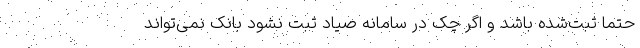
حتما ثبت‌شده باشد و اگر چک در سامانه صیاد ثبت نشود بانک نمی‌تواند